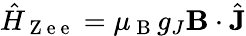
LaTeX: \hat{H}_{\mathrm{~Z~e~e~}}=\mu_{\mathrm{~B~}}g_{J}\mathbf{B}\cdot\hat{\mathbf{J}}